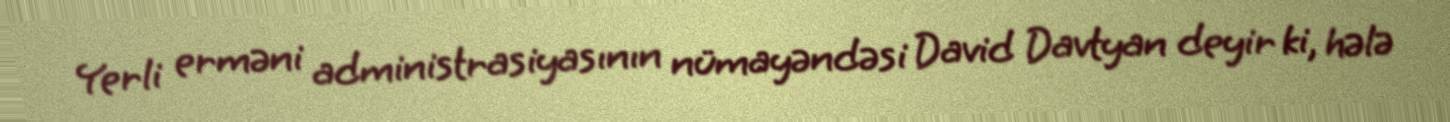
Yerli erməni administrasiyasının nümayəndəsi David Davtyan deyir ki, hələ